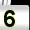
Digit: 5